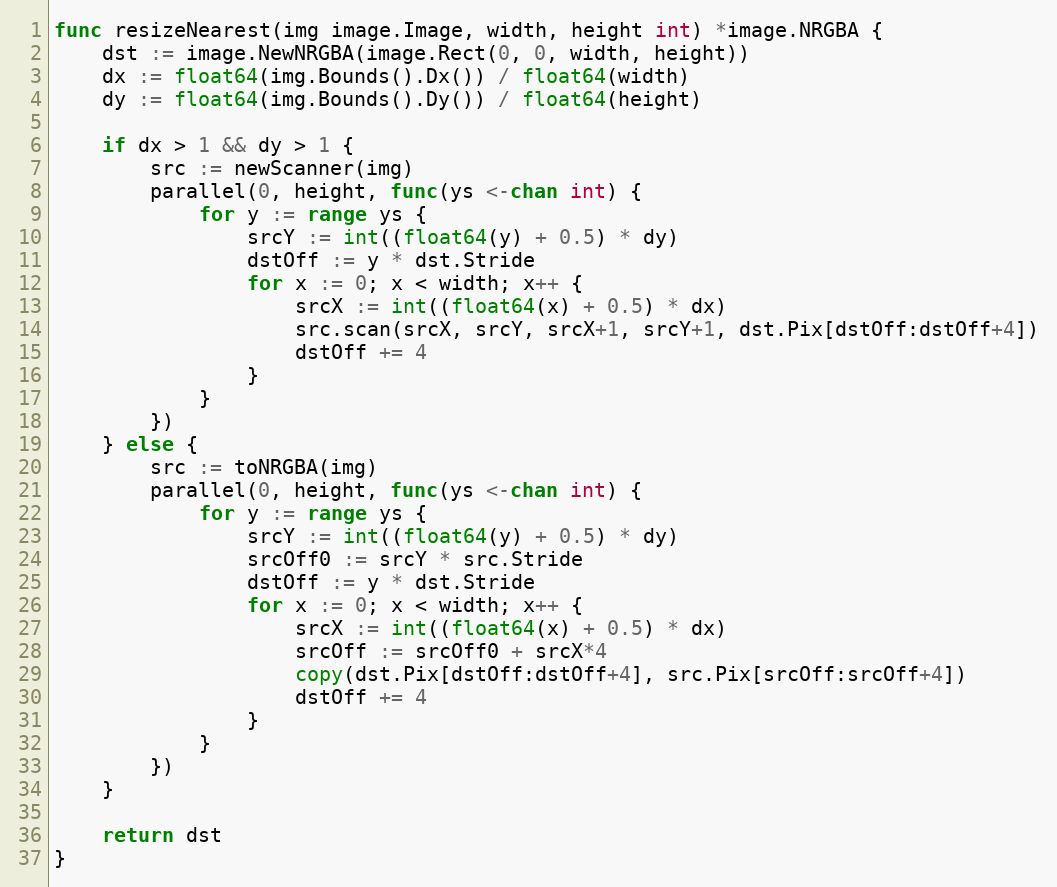
Language: Go
func resizeNearest(img image.Image, width, height int) *image.NRGBA {
	dst := image.NewNRGBA(image.Rect(0, 0, width, height))
	dx := float64(img.Bounds().Dx()) / float64(width)
	dy := float64(img.Bounds().Dy()) / float64(height)

	if dx > 1 && dy > 1 {
		src := newScanner(img)
		parallel(0, height, func(ys <-chan int) {
			for y := range ys {
				srcY := int((float64(y) + 0.5) * dy)
				dstOff := y * dst.Stride
				for x := 0; x < width; x++ {
					srcX := int((float64(x) + 0.5) * dx)
					src.scan(srcX, srcY, srcX+1, srcY+1, dst.Pix[dstOff:dstOff+4])
					dstOff += 4
				}
			}
		})
	} else {
		src := toNRGBA(img)
		parallel(0, height, func(ys <-chan int) {
			for y := range ys {
				srcY := int((float64(y) + 0.5) * dy)
				srcOff0 := srcY * src.Stride
				dstOff := y * dst.Stride
				for x := 0; x < width; x++ {
					srcX := int((float64(x) + 0.5) * dx)
					srcOff := srcOff0 + srcX*4
					copy(dst.Pix[dstOff:dstOff+4], src.Pix[srcOff:srcOff+4])
					dstOff += 4
				}
			}
		})
	}

	return dst
}